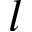
l